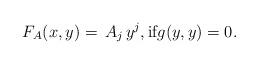
LaTeX: \begin{align*}F_A(x,y)=\,A_j\,y^j,\textrm{if}g(y,y)=0.\end{align*}